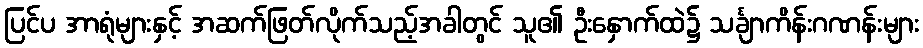
ပြင်ပ အာရုံများနှင့် အဆက်ဖြတ်လိုက်သည့်အခါတွင် သူ၏ ဦးနှောက်ထဲ၌ သင်္ချာကိန်းဂဏန်းများ